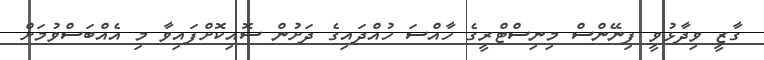
ގާޒީ ވިދާޅުވީ ފިނޭންސް މިނިސްޓްރީގެ ހާއްސަ ހުއްދައިގެ ދަށުން ސޮއިކޮށްފައިވާ މި އެއްބަސްވުމަށް